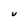
Character: U